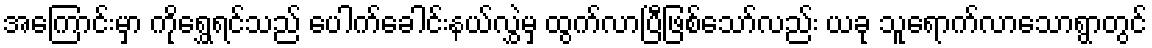
အကြောင်းမှာ ကိုရွှေရင်သည် ပေါက်ခေါင်းနယ်လွှဲမှ ထွက်လာပြီဖြစ်သော်လည်း ယခု သူရောက်လာသောရွာတွင်